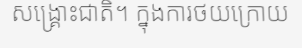
សង្គ្រោះជាតិ។ ក្នុងការថយក្រោយ